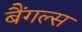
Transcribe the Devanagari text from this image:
बैंगल्स